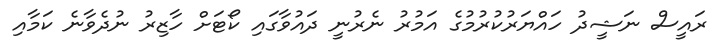
ރައީސް ނަޝީދު ހައްޔަރުކުރުމުގެ އަމުރު ނެރުނީ ދައުވާގައި ކޯޓަށް ހާޒިރު ނުދެވާނެ ކަމާއި